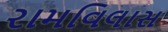
રામવિલાસ